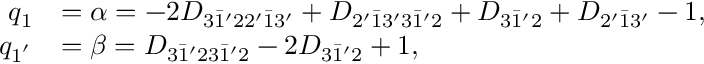
\begin{array} { r l } { q _ { 1 } } & { = \alpha = - 2 { D _ { 3 \bar { 1 } ^ { \prime } 2 2 ^ { \prime } \bar { 1 } 3 ^ { \prime } } } + { D _ { 2 ^ { \prime } \bar { 1 } 3 ^ { \prime } 3 \bar { 1 } ^ { \prime } 2 } } + { D _ { 3 \bar { 1 } ^ { \prime } 2 } } + { D _ { 2 ^ { \prime } \bar { 1 } 3 ^ { \prime } } } - 1 , } \\ { q _ { 1 ^ { ' } } } & { = \beta = { D _ { 3 \bar { 1 } ^ { \prime } 2 3 \bar { 1 } ^ { \prime } 2 } } - 2 { D _ { 3 \bar { 1 } ^ { \prime } 2 } } + 1 , } \end{array}